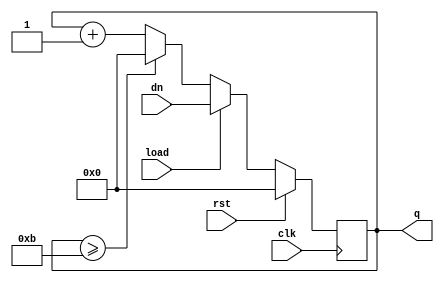
module counter(clk,rst,load,dn,q);
input [0:3] dn;
output reg [0:3] q;
input clk,rst,load;

always @(posedge clk)
begin
if (rst)
q <= 4'b0;
else if (load)
q<= dn;
else if(q >= 4'd11)
q<=4'b0;
else
q<= q+1;
end

endmodule